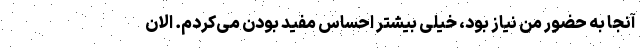
آنجا به حضور من نیاز بود، خیلی بیشتر احساس مفید بودن می‌کردم. الان